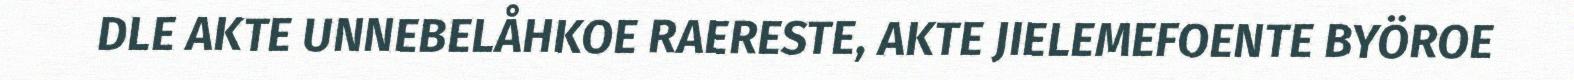
DLE AKTE UNNEBELÅHKOE RAERESTE, AKTE JIELEMEFOENTE BYÖROE